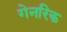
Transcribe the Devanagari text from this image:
गेनरिक